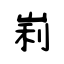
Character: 峲